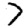
Digit: 7